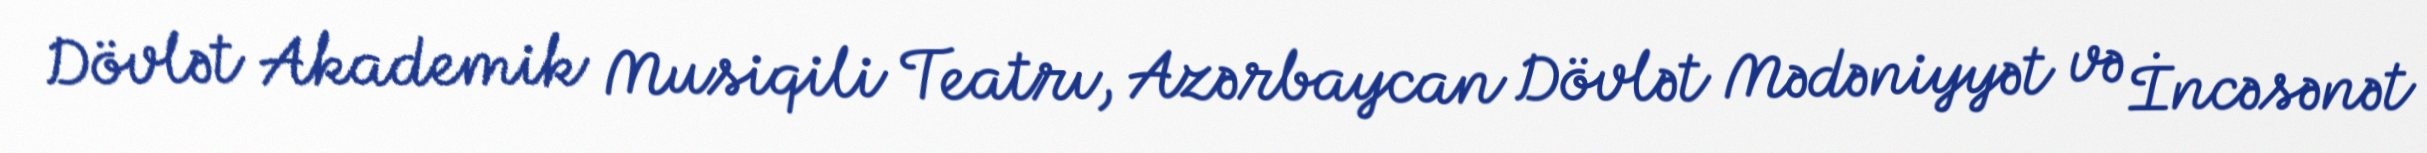
Dövlət Akademik Musiqili Teatrı, Azərbaycan Dövlət Mədəniyyət və İncəsənət